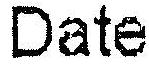
DATE